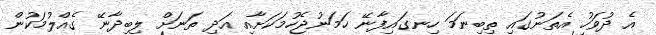
އެ ދުވަހު އެތަނުގައި ތިބިނަމަ ހިނގައިފާނޭ ހަމަނުޖެހުމަކަށާއި އަދި ތަނަށް ލިބިދާނޭ ގެއްލުމަކުން